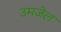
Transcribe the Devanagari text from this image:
उमजेल